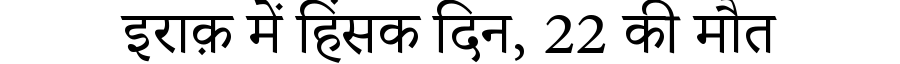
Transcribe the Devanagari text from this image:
इराक़ में हिंसक दिन, 22 की मौत